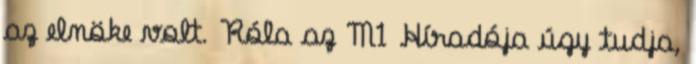
az elnöke volt. Róla az M1 Híradója úgy tudja,